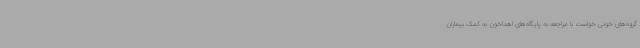
گروه‌های خونی خواست با مراجعه به پایگاه‌های اهداخون به کمک بیماران